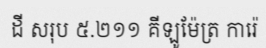
ដី សរុប ៥.២១១ គីឡូម៉ែត្រ ការ៉េ